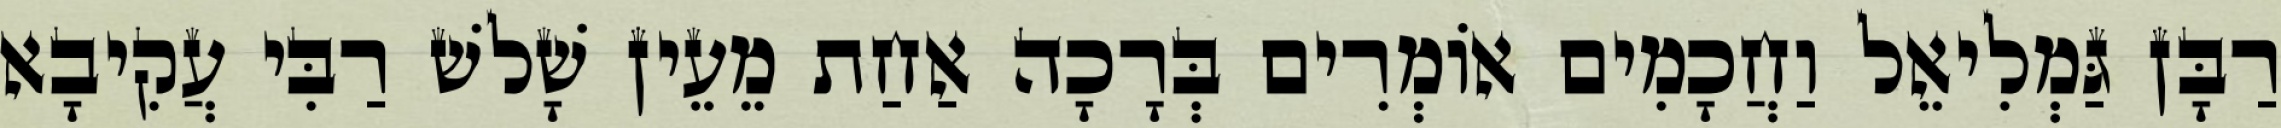
רַבָּן גַּמְלִיאֵל וַחֲכָמִים אוֹמְרִים בְּרָכָה אַחַת מֵעֵין שָׁלשׁ רַבִּי עֲקִיבָא